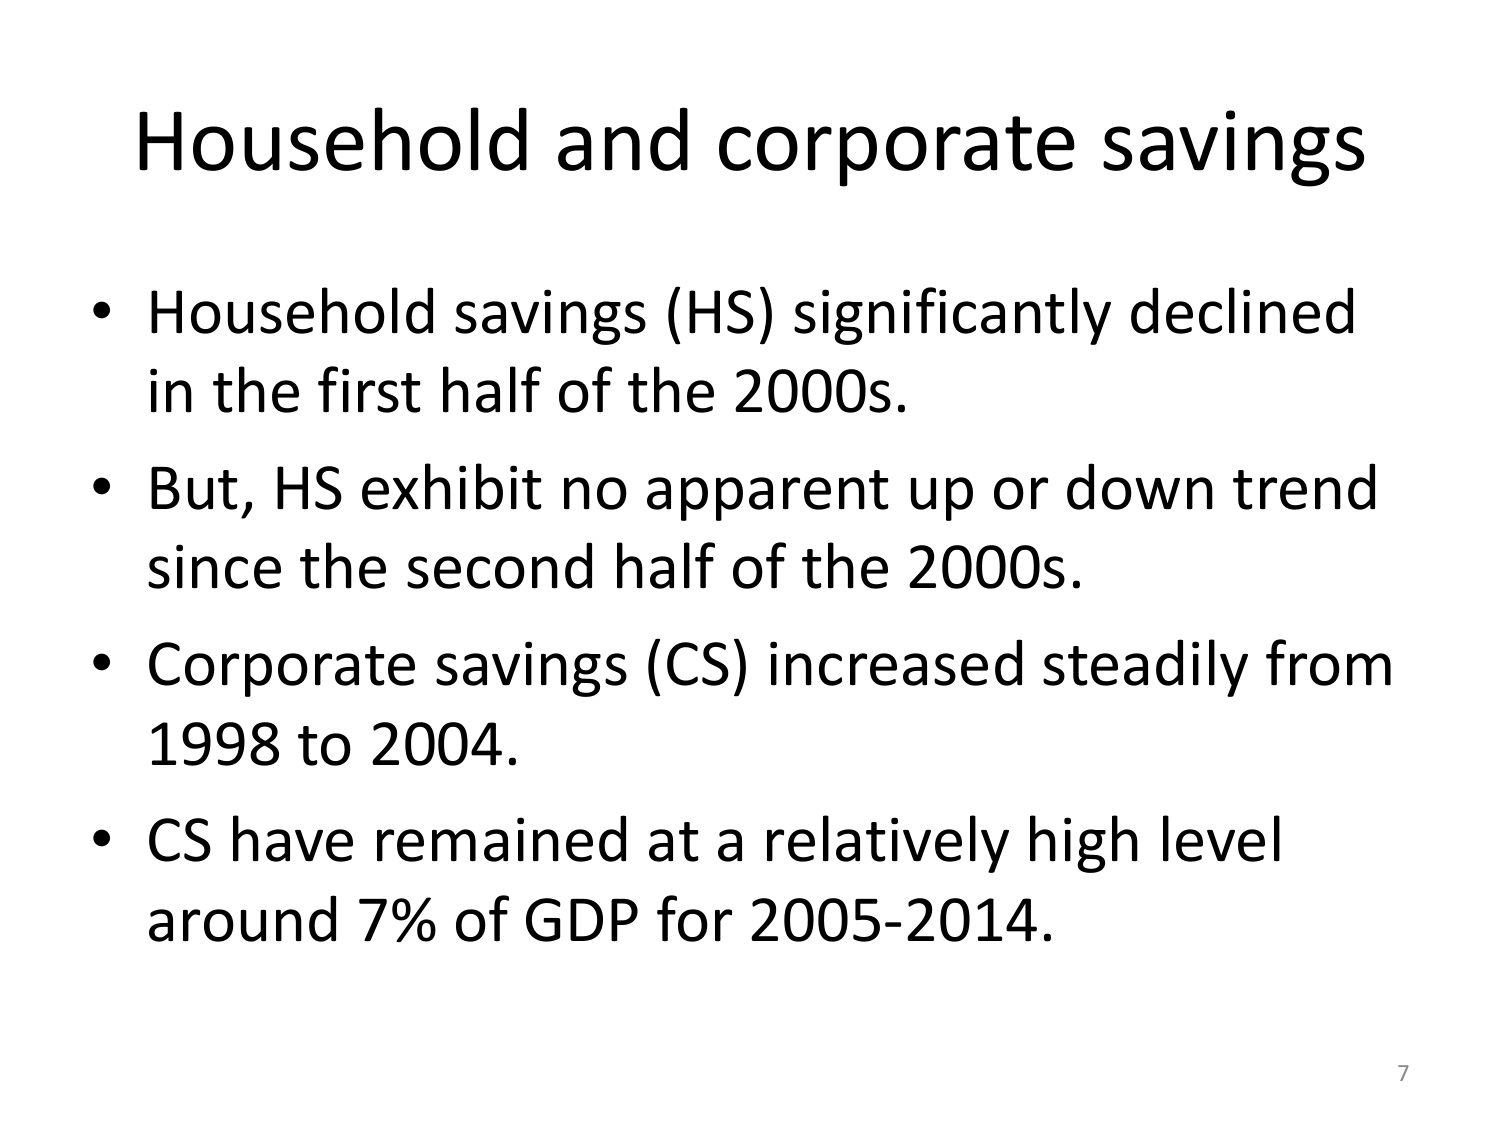
Household and corporate savings

• Household savings (HS) significantly declined in the first half of the 2000s.
• But, HS exhibit no apparent up or down trend since the second half of the 2000s.
• Corporate savings (CS) increased steadily from 1998 to 2004.
• CS have remained at a relatively high level around 7% of GDP for 2005-2014.

7